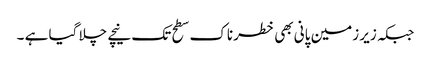
جبکہ زیر زمین پانی بھی خطرناک سطح تک نیچے چلا گیا ہے ۔